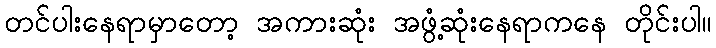
တင်ပါးနေရာမှာတော့ အကားဆုံး အဖွံ့ဆုံးနေရာကနေ တိုင်းပါ။